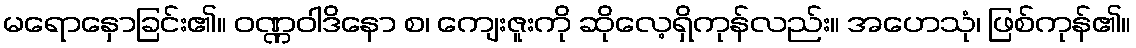
မရောနှောခြင်း၏။ ဝဏ္ဏဝါဒိနော စ၊ ကျေးဇူးကို ဆိုလေ့ရှိကုန်လည်း။ အဟေသုံ၊ ဖြစ်ကုန်၏။